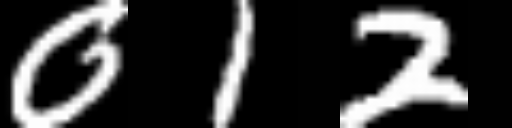
Text: 012